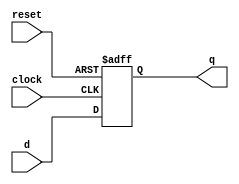
module d_flip_flop (
    input wire clock,      // Clock input
    input wire reset,      // Asynchronous reset input
    input wire d,          // Data input
    output reg q           // Data output
);

// Sequential logic block
always @(posedge clock or posedge reset) begin
    if (reset) begin
        // Reset condition
        q <= 1'b0; // Initialize output to 0 on reset
    end else begin
        // Update output on clock edge
        q <= d; // Capture input data on rising edge of clock
    end
end

endmodule